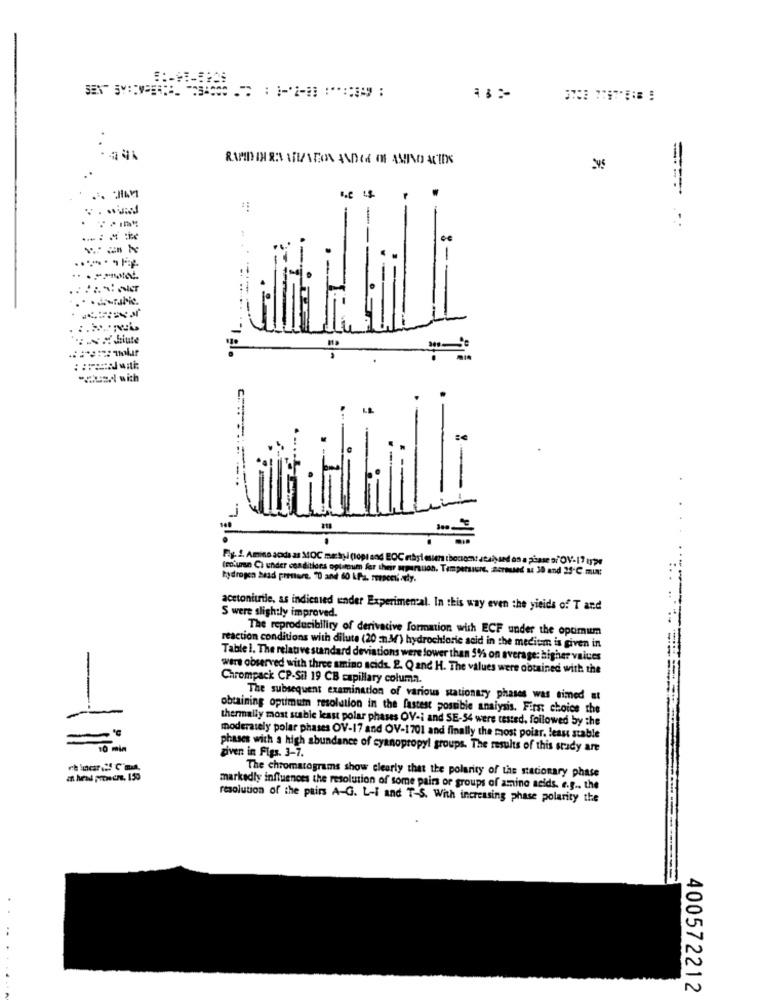
1:
RAMDINER ARIACON ANDIGE IN AMINO ACIDS
-
===== ===
. ---
-
-2usd with
Li th Hil li
.
(return Ci under conditions optimum for their mperauon. Tampersure, aormused as 30 and 29-C. min:
hydrogen bead prestare. 70 and 60 kfa. rupees only.
acetoniuile, as indienied under Experimental. In this way even the yields of T and
S were slightly improved.
The reproducibility of derivative formation with ECF under the optimum
reaction conditions with dilute (20 =n.M) hydrochloric acid in the medium is given in
Table 1. The relative standard deviations were lower than 5% on average: higher values
were observed with three amino acids. 2. Q and H. The values were obtained with the
Chrompack CP-Sil 19 CB capillary columa.
The subsequent examination of various stationary phases was simed at
obtaining optimum resolution in the fastest possible analysis. First choice the
thermally most stable least polar phases OV-i and SE-54 were tested, followed by the
=
moderately polar phases OV-17 and OV-1701 and finally the most poiar, least stable
10 min
given in Figs. 3-7.
phases with a high abundance of cyanopropyl groups. The results of this study are
The chromatograms show clearly that the polarity of the stationary phase
markedly influences the resolution of some pairs or groups of amino acids. e.g ., the
resolution of the pairs A-G. L-I and T-S. With increasing phase polarity the
400572212